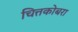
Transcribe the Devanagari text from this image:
चित्तकोबरा